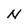
Character: N